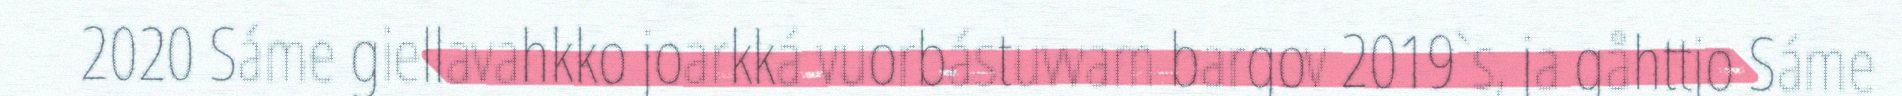
2020 Sáme giellavahkko joarkká vuorbástuvvam bargov 2019`s, ja gåhttjo Sáme